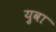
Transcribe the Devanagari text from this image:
य़ुवा